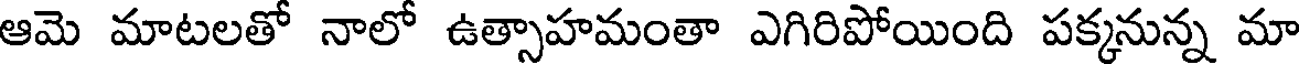
ఆమె మాటలతో నాలో ఉత్సాహమంతా ఎగిరిపోయింది పక్కనున్న మా